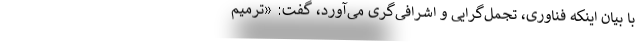
با بیان اینکه فناوری، تجمل‌گرایی و اشرافی‌گری می‌آورد، گفت: «ترمیم